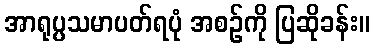
အာရုပ္ပသမာပတ်ရပုံ အစဉ်ကို ပြဆိုခန်း။